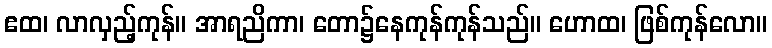
ဧထ၊ လာလှည့်ကုန်။ အာရညိကာ၊ တော၌နေကုန်ကုန်သည်။ ဟောထ၊ ဖြစ်ကုန်လော။